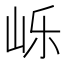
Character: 𱛙